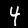
Digit: 4